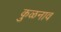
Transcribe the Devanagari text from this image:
कुळनाव